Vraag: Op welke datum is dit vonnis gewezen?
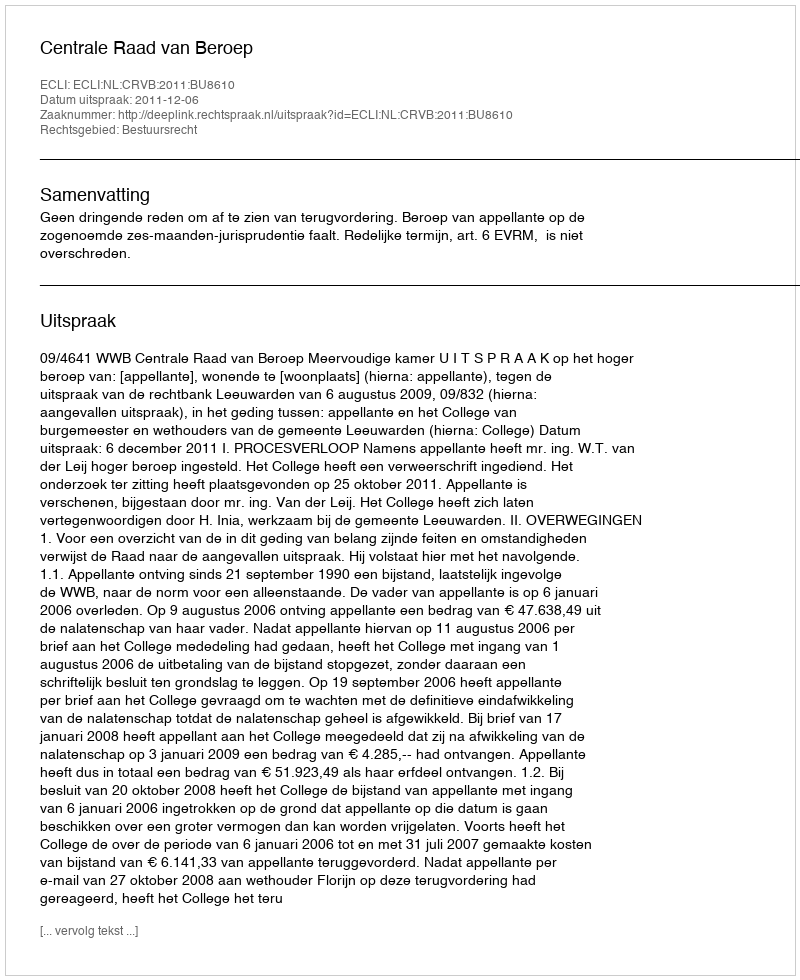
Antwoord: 2011-12-06